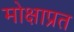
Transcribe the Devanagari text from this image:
मोक्षाप्रत